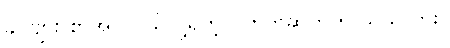
ခင်ဗျား စာအုပ် ဝယ်လို့ရတဲ့ ဝက်ဘ်ဆိုက်ကို သိသလား။